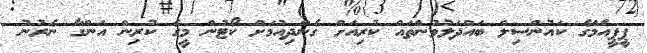
ޕީޕީއެމްގެ ކައުންސިލް ބައްދަލުވުންތައް ކުރިއަށް ގެންދިއުމަށް ކޯޓުން މީގެ ކުރިން އަންގާ ނެރުނު